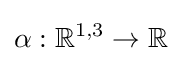
\alpha :\mathbb {R} ^{1,3}\to \mathbb {R}